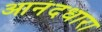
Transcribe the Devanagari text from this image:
आनंदधारा